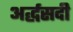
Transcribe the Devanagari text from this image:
अर्द्धसदी